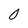
Character: O